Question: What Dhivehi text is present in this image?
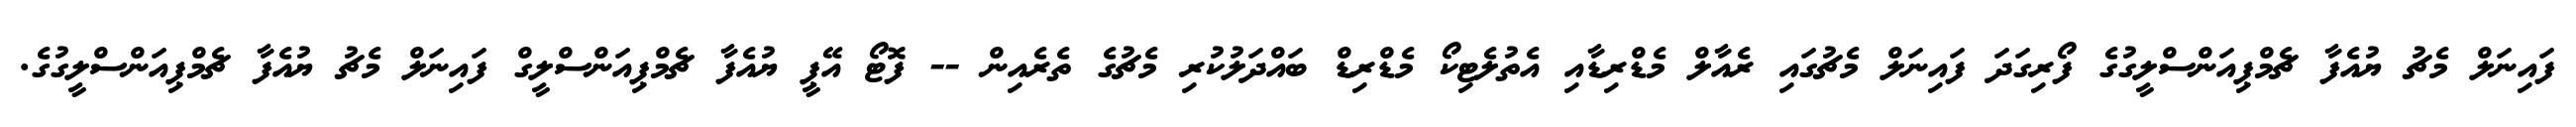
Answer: ފައިނަލް މެޗު ޔުއެފާ ޗެމްޕިއަންސްލީގުގެ ފޯރިގަދަ ފައިނަލް މެޗުގައި ރެއާލް މެޑްރިޑާއި އެތުލެޓިކޯ މެޑްރިޑް ބައްދަލުކުރި މެޗުގެ ތެރެއިން -- ފޮޓޯ އޭޕީ ޔުއެފާ ޗެމްޕިއަންސްލީގް ފައިނަލް މެޗު ޔުއެފާ ޗެމްޕިއަންސްލީގުގެ.